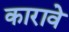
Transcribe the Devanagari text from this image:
कारावे